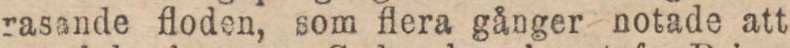
rasande floden, som flera gånger notade att